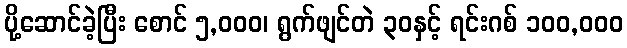
ပို့ဆောင်ခဲ့ပြီး စောင် ၅,၀၀၀၊ ရွက်ဖျင်တဲ ၃၀နှင့် ရင်းဂစ် ၁၀၀,၀၀၀